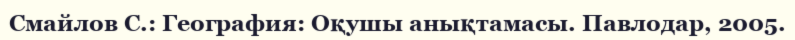
Смайлов С.: География: Оқушы анықтамасы. Павлодар, 2005.